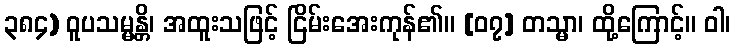
၃၈၄) ဝူပသမ္မန္တိ၊ အထူးသဖြင့် ငြိမ်းအေးကုန်၏။ [၀၇] တသ္မာ၊ ထို့ကြောင့်။ ဝါ၊